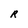
Character: R